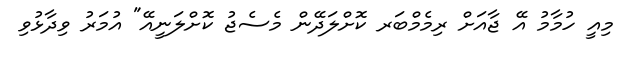
މިއީ ހުމާމު އޭ ޖާއަށް ރިމެމްބަރ ކޮށްލަދޭން މެސެޖު ކޮށްލަނީއޭ" އުމަރު ވިދާޅުވި